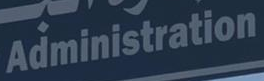
Administration